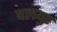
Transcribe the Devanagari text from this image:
पलयुर